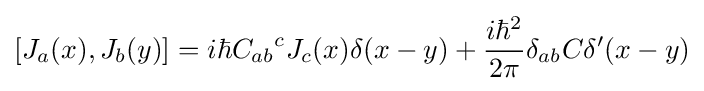
[J_{a}(x),J_{b}(y)]=i\hbar {C_{ab}}^{c}J_{c}(x)\delta (x-y)+{\frac {i\hbar ^{2}}{2\pi }}\delta _{ab}C\delta '(x-y)